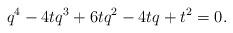
LaTeX: \begin{align*}q^4-4tq^3+6tq^2-4tq+t^2=0. \end{align*}